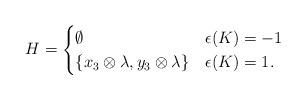
LaTeX: \begin{align*} H =\begin{cases}\emptyset & \epsilon(K) = -1 \\\{x_3 \otimes \lambda, y_3 \otimes \lambda\} & \epsilon(K)=1.\end{cases}\end{align*}